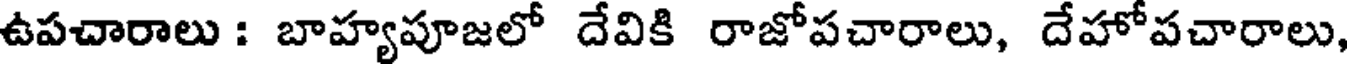
ఉపచారాలు : బాహ్యపూజలో దేవికి రాజోపచారాలు, దేహోపచారాలు,